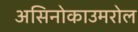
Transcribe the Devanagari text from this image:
असिनोकाउमरोल